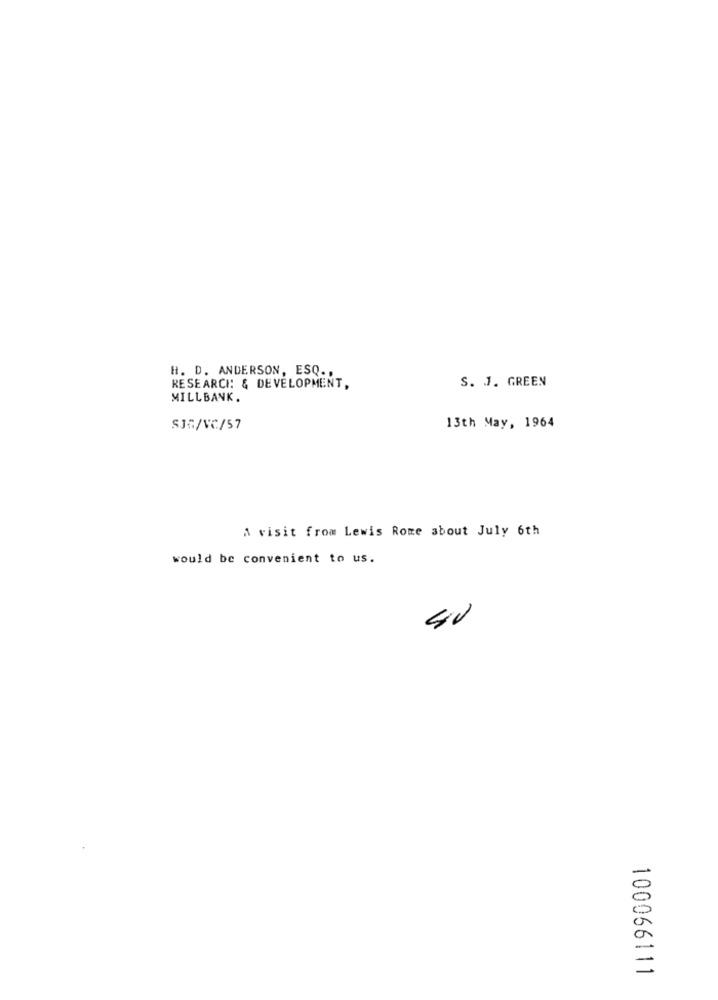
H. D. ANDERSON, ESQ ..
S. J. GREEN
RESEARCH & DEVELOPMENT,
MILLBANK.
S35/VC/57
13th May, 1964
A visit from Lewis Rome about July 6th
would be convenient to us.
100066111